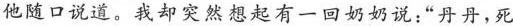
他随口说道。我却突然想起有一回奶奶说:“丹丹，死